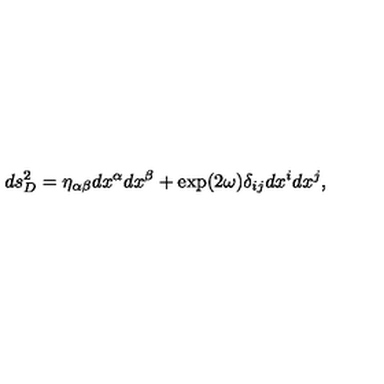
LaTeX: d s _ { D } ^ { 2 } = \eta _ { \alpha \beta } d x ^ { \alpha } d x ^ { \beta } + \exp ( 2 \omega ) \delta _ { i j } d x ^ { i } d x ^ { j } ,